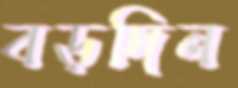
বড়দিন